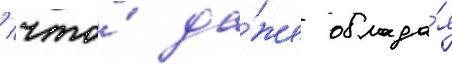
/ что́ да́же облада́я